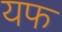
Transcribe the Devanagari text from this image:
यफ